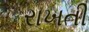
રાખતી